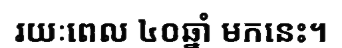
រយៈពេល ៤០ឆ្នាំ មកនេះ។